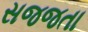
સજજતા